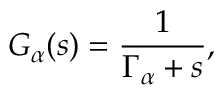
G _ { \alpha } ( s ) = \frac { 1 } { \Gamma _ { \alpha } + s } ,